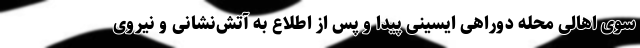
سوی اهالی محله دوراهی ایسینی پیدا و پس از اطلاع به آتش‌نشانی و نیروی